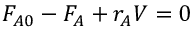
F _ { A 0 } - F _ { A } + r _ { A } V = 0